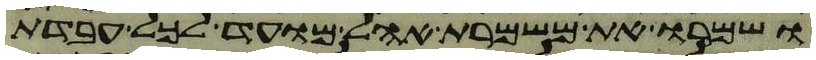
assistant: ושמרו את משמרת אהל מועד לכל עבדת